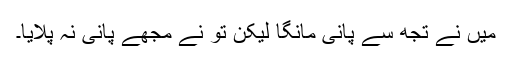
میں نے تجھ سے پانی مانگا لیکن تُو نے مجھے پانی نہ پلایا۔